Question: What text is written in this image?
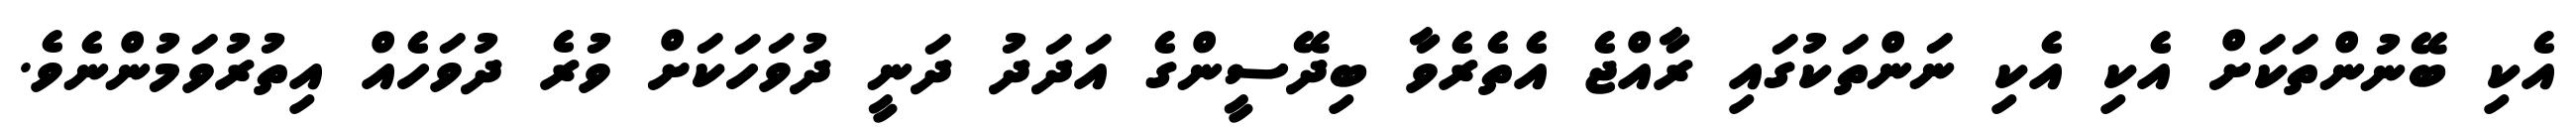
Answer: އެކި ބޭނުންތަކަށް އެކި އެކި ނަންތަކުގައި ރާއްޖެ އެތެރެވާ ބިދޭސީންގެ އަދަދު ދަނީ ދުވަހަކަށް ވުރެ ދުވަހެއް އިތުރުވަމުންނެވެ.